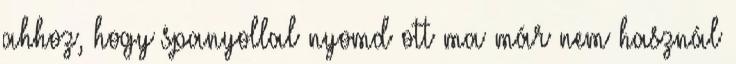
ahhoz, hogy spanyollal nyomd ott ma már nem használ